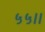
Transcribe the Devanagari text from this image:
५५।।